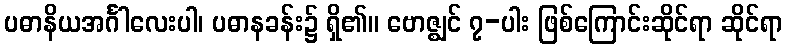
ပဓာနိယအင်္ဂါလေးပါ၊ ပဓာနခန်း၌ ရှိ၏။ ဗောဇ္ဈင် ၇-ပါး ဖြစ်ကြောင်းဆိုင်ရာ ဆိုင်ရာ